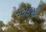
મતલબી